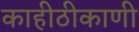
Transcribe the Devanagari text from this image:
काहीठीकाणी